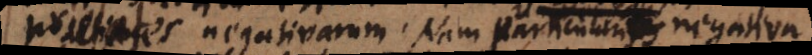
proprietates negativarum. Nam particularis negativa